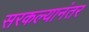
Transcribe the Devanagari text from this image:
सरकल्यानंतर